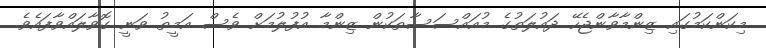
މިކަންކަމުގައި ޒިންމާވާންޖެހޭ ދައުލަތުގެ މުއައްސަސާތަކުން ޒިންމާ އުފުލުމަށް ވެސް އަމީތު ވަނީ ގޮވާލައްވާފައެވެ.